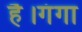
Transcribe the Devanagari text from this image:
है।गंगा